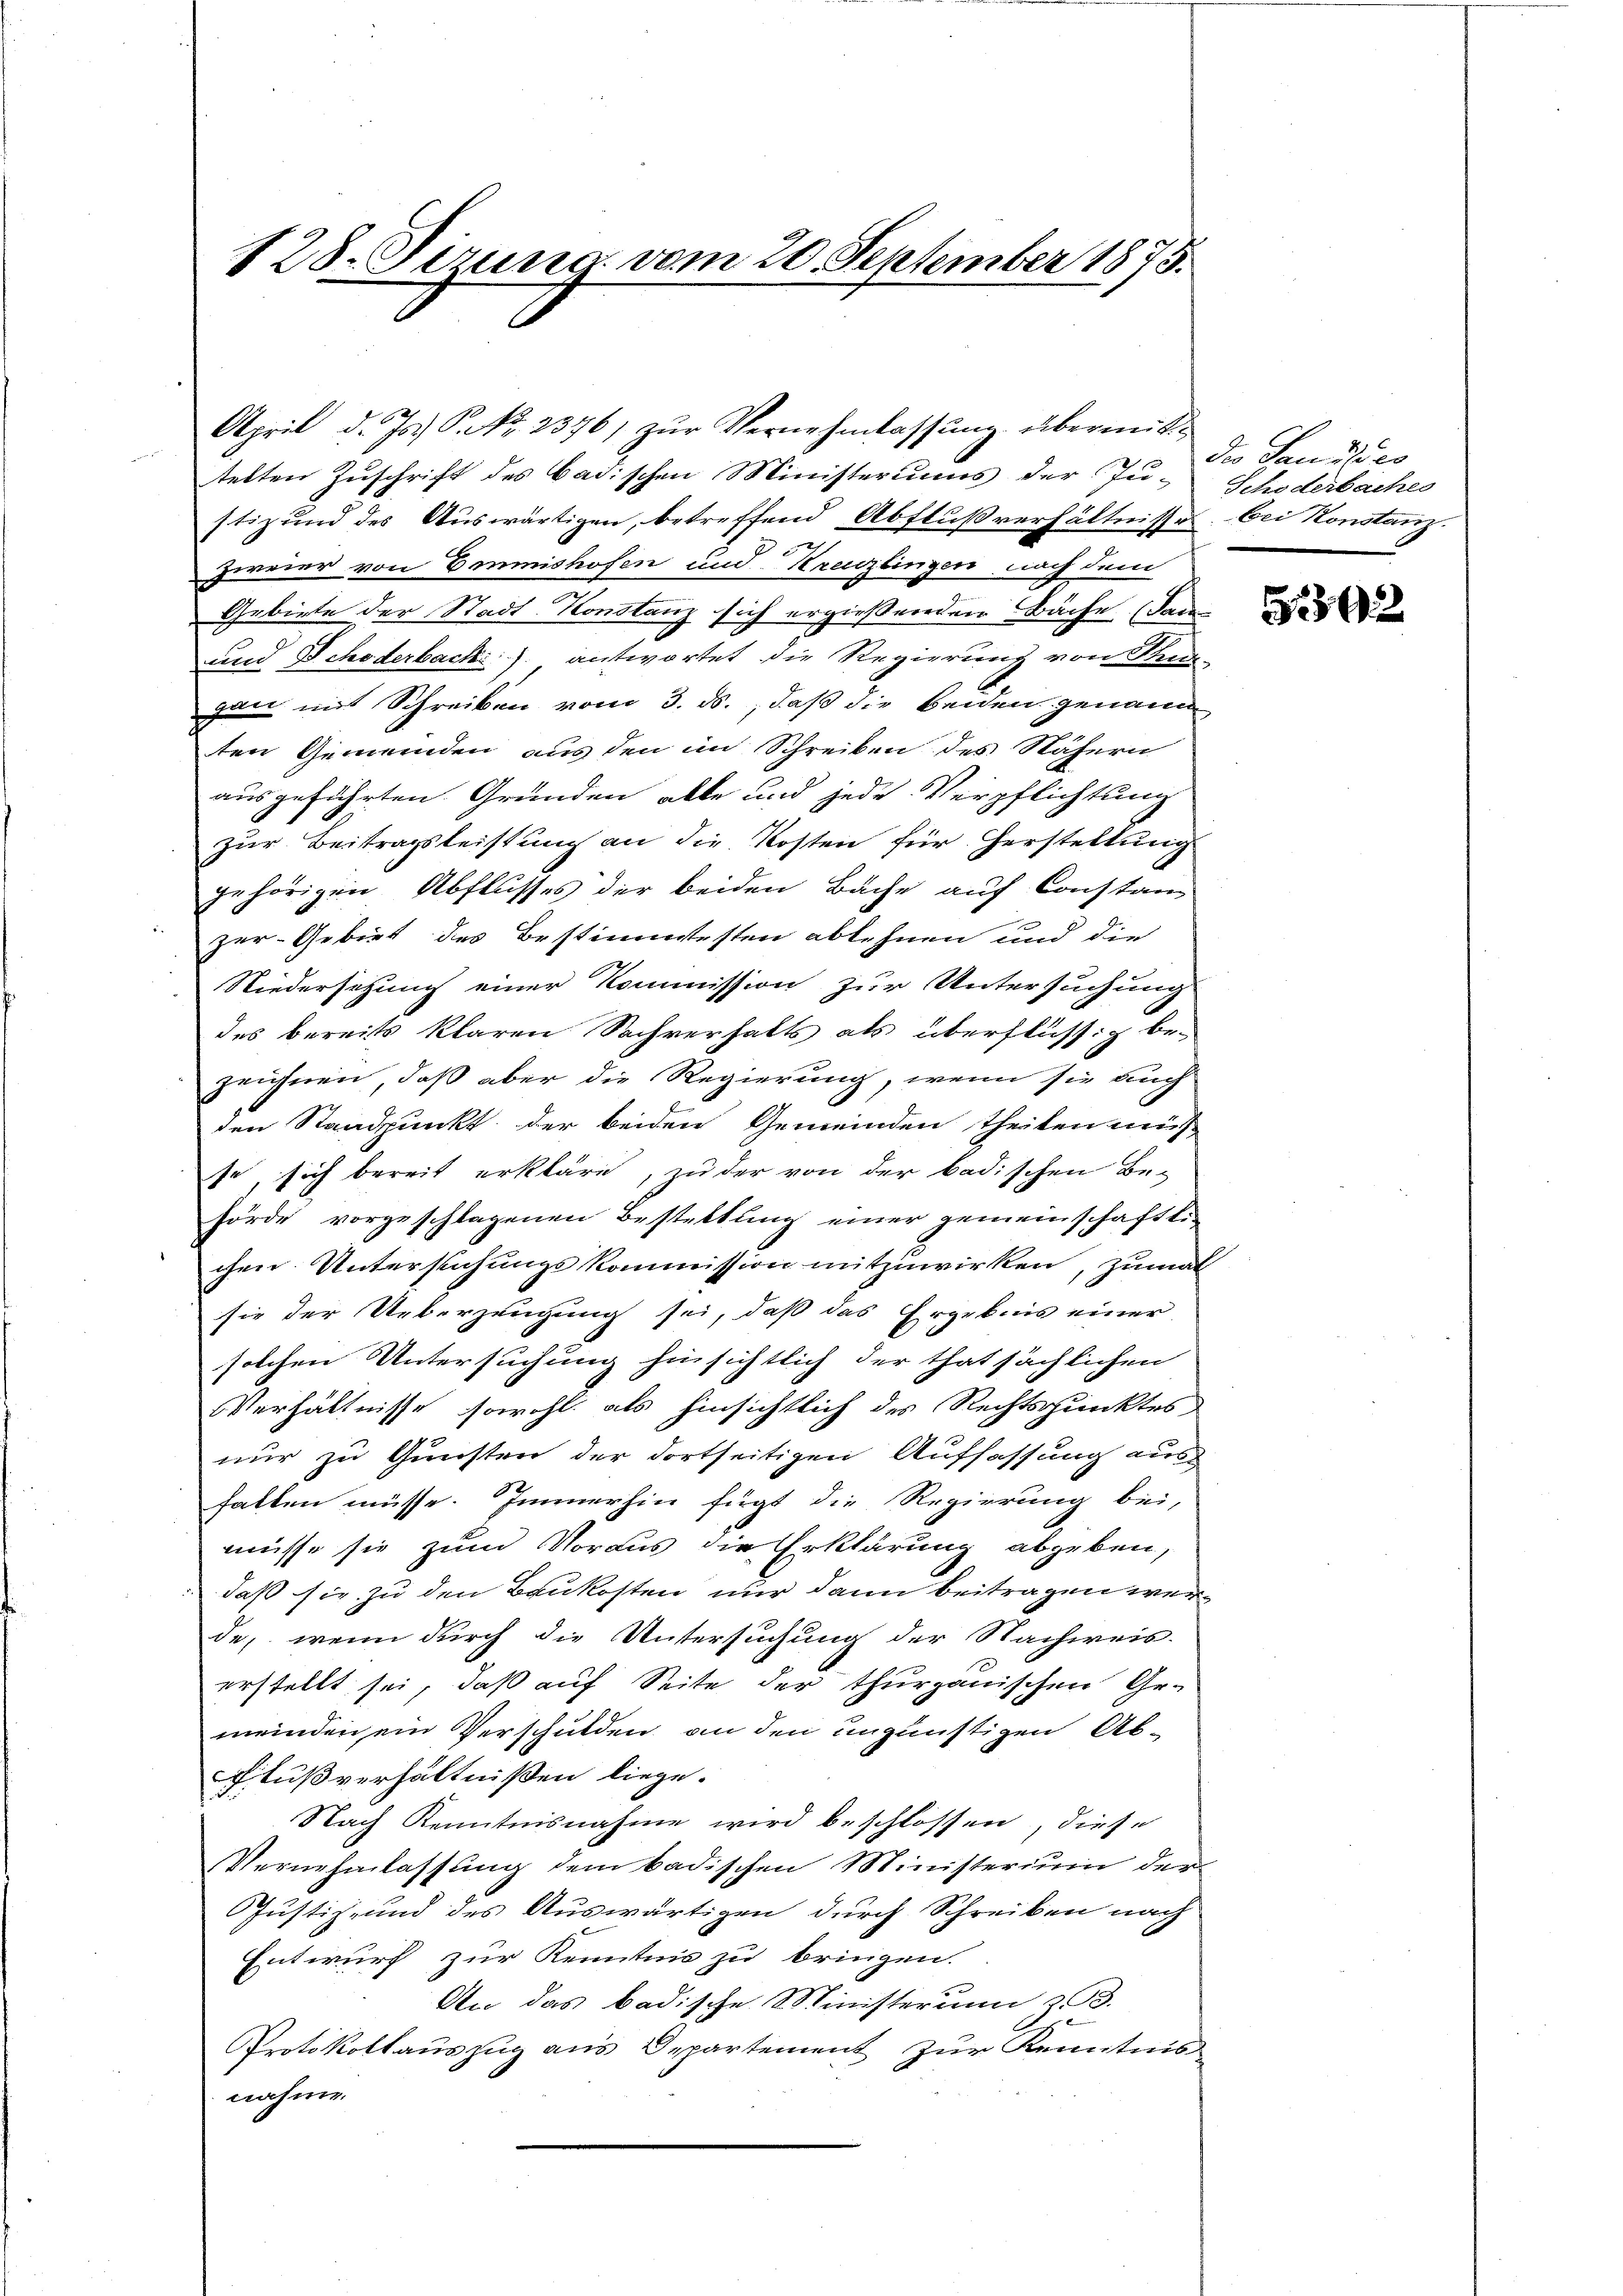
128. Ferung vom 20. September 1875.

April d. Js.) S. Nr. 2376) zŭr Vernehmlassŭng übermittelten Zuschrift des badischen Ministeriums der Ju- Schöderbaches
stiz und des Auswärtigen, betreffend Abflußverhältnisse bei Konstanz.
22
Zervier von Emmishofen und Kreuzlingen nach dem
Gebiete der Stadt Konstanz sich ergießenden Bäche (das
und Schöderbach) antwortet die Regierung von Steu-
gan mit Schreiben vom 3. ds., daß die beiden genann
ten Gemeinden aus den im Schreiben des Nähern
ausgeführten Gründen alle und jede Verpflichtung
zur Beitragsleistung an die Kosten für Herstellung
gehörigen Abflusses der beiden Bäche auf Constanz
zer-Gebiet des Bestimmtesten ablehnen und die
Niedersetzung einer Kommission zur Untersuchung
des bereits klaren Sachverhalts als überflüssig be-
zeichnen, daß aber die Regierung, wenn sie auch
den Standpunkt der beiden Gemeinden theilen müß
se sich bereit erkläre, zu der von der badischen Be-
hörde vorgeschlagenen Bestattung einer gemeinschaftli-
chen Untersuchungskommission mitzuwirken, zumat
sie der Ueberzeugung sei, daß das Ergebnis einer
solchen Untersuchung hinsichtlich der thatsächlichen
Verhältnisse sowohl als hinsichtlich des Rechtspunktes
nur zu Gunsten der dortseitigen Auffassung aus
hatten müsse. Immerhin fügt die Regierung bei,
müsse sie zum Voraus die Erklärung abgeben,
daß sie zu den Baukosten nur dann beitragen werde, wenn durch die Untersuchung der Nachweis-
erstellt sei, daß auf Seite der thurgauischen Gemeinden ein Verschulden an den ungünstigen Ab-
Flußverhältnißen liege.
Nach Kenntnisnahme wird beschlossen, diese
Vernehmlassung dem badischen Ministerium der
Justiz- und des Auswärtigen durch Schreiben nach
Entwurf zur Kenntnis zu bringen.
An das badische Ministerumm z. B.
Protokollauszug aus Departement zur Kenntnis
nahme.

der Sandlues

3292